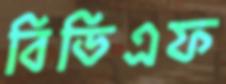
বিডিএফ